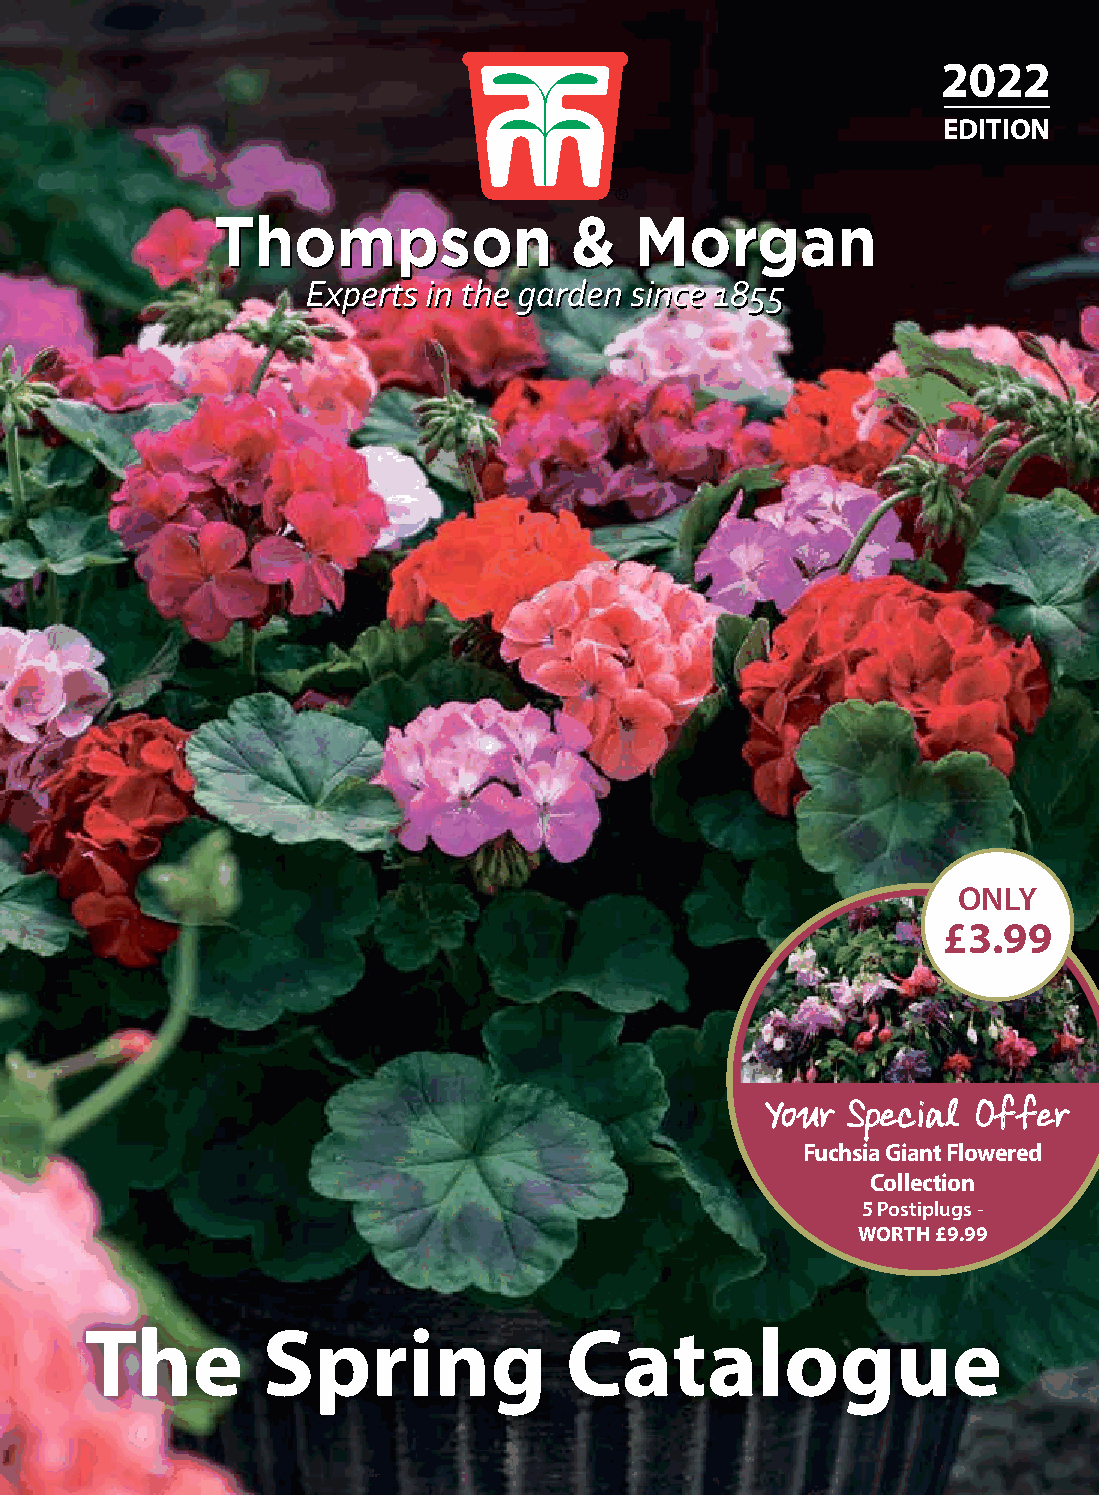
2022
 EDITION
 ONLY
 £3.99
 YYoouurr SSppeecciiaall OOffffeerr
 Fuchsia Giant Flowered
 Collection
 5 Postiplugs -
 WORTH £9.99
 The        Spring              Catalogue